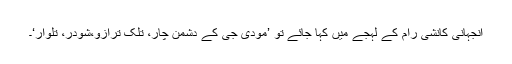
آنجہانی کانشی رام کے لہجے میں کہا جائے تو ’مودی جی کے دشمن چار، تلک ترازو،شودر، تلوار‘۔